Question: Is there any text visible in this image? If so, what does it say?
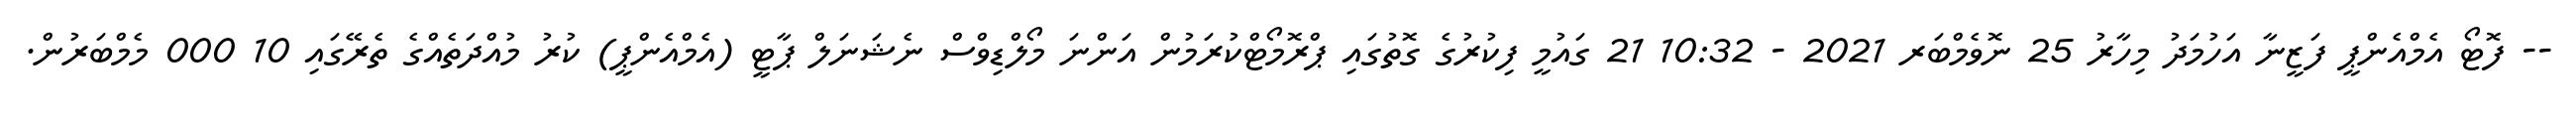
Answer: -- ފޮޓޯ އެމްއެންޕީ ފަޒީނާ އަހުމަދު މިހާރު 25 ނޮވެމްބަރ 2021 - 10:32 21 ގައުމީ ފިކުރުގެ ގޮތުގައި ޕްރޮމޯޓްކުރަމުން އަންނަ މޯލްޑިވްސް ނެޝަނަލް ޕާޓީ (އެމްއެންޕީ) ކުރު މުއްދަތެއްގެ ތެރޭގައި 10 000 މެމްބަރުން.